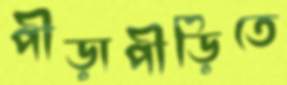
পীড়াপীড়িতে